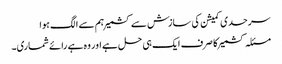
سرحدی کمیشن کی سازش سے کشمیر ہم سے الگ ہوا
مسئلہ کشمیر کا صرف ایک ہی حل ہے اور وہ ہے رائے شماری۔